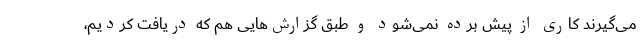
می‌گیرند کاری از پیش برده نمی‌شود و طبق گزارش‌هایی هم که دریافت کردیم،